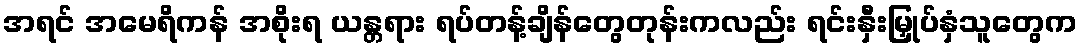
အရင် အမေရိကန် အစိုးရ ယန္တရား ရပ်တန့်ချိန်တွေတုန်းကလည်း ရင်းနှီးမြှုပ်နှံသူတွေက